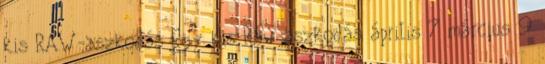
kis RAW-aszkodás Egy kis Raw-aszkodás április 7 március 9